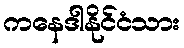
ကနေဒါနိုင်ငံသား